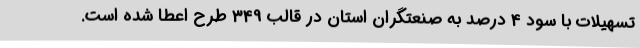
تسهیلات با سود 4 درصد به صنعتگران استان در قالب 349 طرح اعطا شده است.